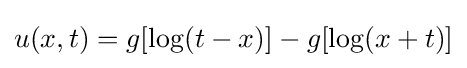
u(x,t)=g[\log(t-x)]-g[\log(x+t)]